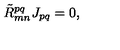
{ \tilde { R } } _ { m n } ^ { p q } J _ { p q } = 0 ,